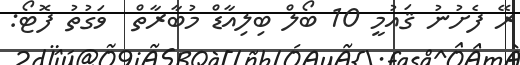
ރޭ ފެށުނު ޤައުމީ 10 ބޯލް ބިލިއާޑް މުބާރާތް  ވަގުތު ފޮޓޯ: